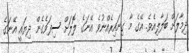
ދިމާލަށް ބަލާލިއެވެ. އޭގެ މާ ގިނައިރެއްނުވެ އޭނަގެ ލޮލަށް ސިފަވެގެން ދިޔައީ އޭނަގެ